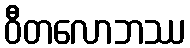
ဝီတလောဘဿ